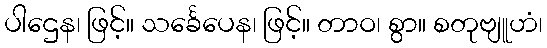
ပါဌေန၊ ဖြင့်။ သင်္ခေပေန၊ ဖြင့်။ တာဝ၊ စွာ။ စတုဗျူဟံ၊